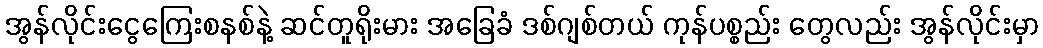
အွန်လိုင်းငွေကြေးစနစ်နဲ့ ဆင်တူရိုးမား အခြေခံ ဒစ်ဂျစ်တယ် ကုန်ပစ္စည်း တွေလည်း အွန်လိုင်းမှာ